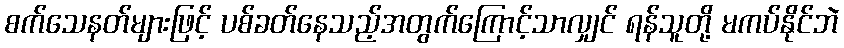
စက်သေနတ်များဖြင့် ပစ်ခတ်နေသည့်အတွက်ကြောင့်သာလျှင် ရန်သူတို့ မကပ်နိုင်ဘဲ